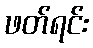
ဖတ်ရင်း